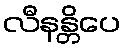
လီနန္တိပေ